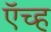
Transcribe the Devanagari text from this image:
ऍच्ह